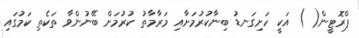
ޕްރޮޓީން( ) އަކީ ހަށިގަނޑު ބިނާކުރުމަށާއި މަރާމާތު ކުރުމަށް ބޭނުންވާ ތަކެތި ކަމުގައި